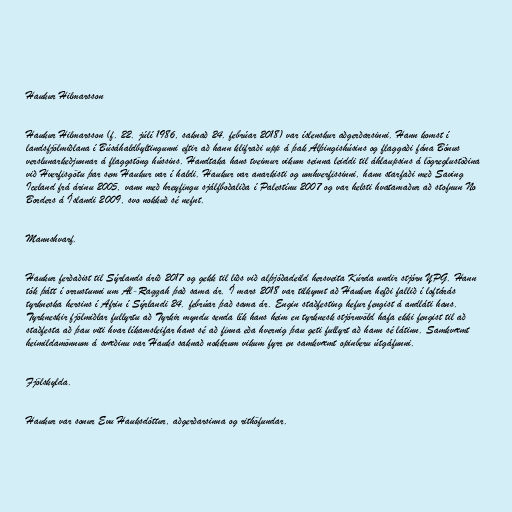
Haukur Hilmarsson

Haukur Hilmarsson (f. 22. júlí 1986, saknað 24. febrúar 2018) var íslenskur aðgerðarsinni. Hann komst í
landsfjölmiðlana í Búsáhaldbyltingunni eftir að hann klifraði upp á þak Alþingishúsins og flaggaði fána Bónus
verslunarkeðjunnar á flaggstöng hússins. Handtaka hans tveimur vikum seinna leiddi til áhlaupsins á lögreglustöðina
við Hverfisgötu þar sem Haukur var í haldi. Haukur var anarkisti og umhverfissinni, hann starfaði með Saving
Iceland frá árinu 2005, vann með hreyfingu sjálfboðaliða í Palestínu 2007 og var helsti hvatamaður að stofnun No
Borders á Íslandi 2009, svo nokkuð sé nefnt.

Mannshvarf.

Haukur ferðaðist til Sýrlands árið 2017 og gekk til liðs við alþjóðadeild hersveita Kúrda undir stjórn YPG. Hann
tók þátt í orrustunni um Al-Raqqah það sama ár. Í mars 2018 var tilkynnt að Haukur hefði fallið í loftárás
tyrkneska hersins í Afrin í Sýrlandi 24. febrúar það sama ár. Engin staðfesting hefur fengist á andláti hans.
Tyrkneskir fjölmiðlar fullyrtu að Tyrkir myndu senda lík hans heim en tyrknesk stjórnvöld hafa ekki fengist til að
staðfesta að þau viti hvar líkamsleifar hans sé að finna eða hvernig þau geti fullyrt að hann sé látinn. Samkvæmt
heimildamönnum á svæðinu var Hauks saknað nokkrum vikum fyrr en samkvæmt opinberu útgáfunni.

Fjölskylda.

Haukur var sonur Evu Hauksdóttur, aðgerðarsinna og rithöfundar.